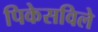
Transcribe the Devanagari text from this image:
पिकेसविले